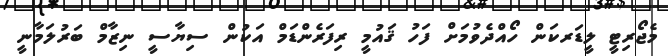
މެޖޯރިޓީ ލީޑަރކަން ހޯއްދެވުމަށް ފަހު ޤައުމީ ރިފަރެންޑަމް އަކުން ސިޔާސީ ނިޒާމް ބަރުލަމާނީ